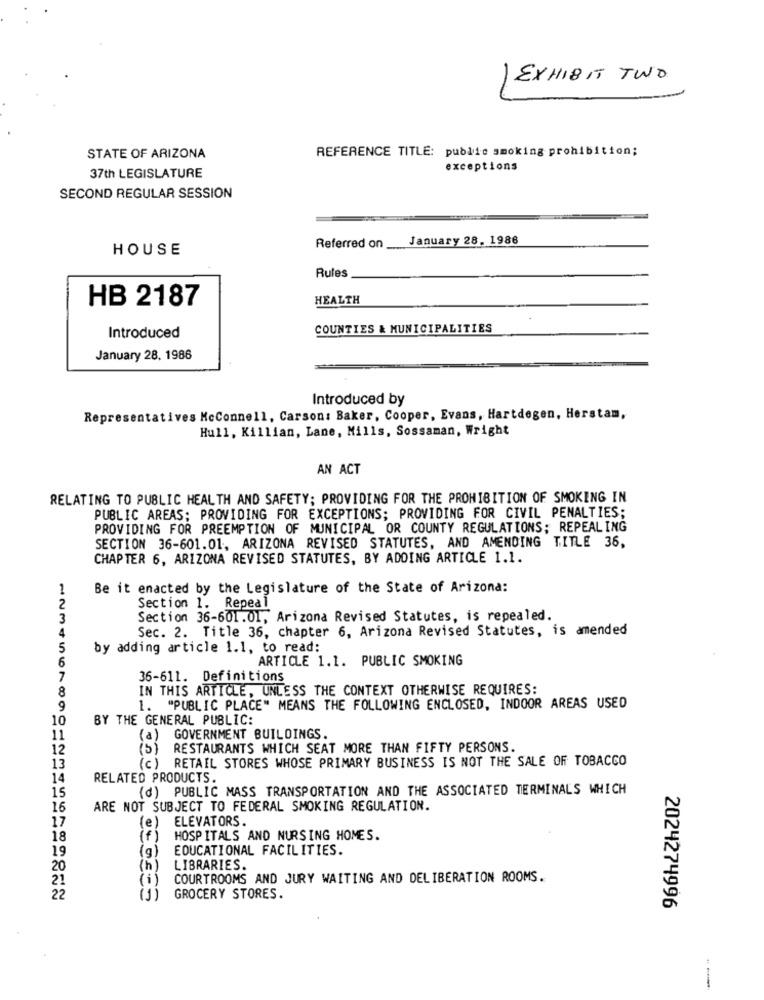
EXHIBIT TWO
REFERENCE TITLE: public smoking prohibition;
STATE OF ARIZONA
37th LEGISLATURE
exceptions
SECOND REGULAR SESSION
January 28. 1986
HOUSE
Referred on
Rules
HB 2187
HEALTH
COUNTIES & MUNICIPALITIES
Introduced
January 28, 1986
Introduced by
Representatives McConnell, Carson: Baker, Cooper, Evans, Hartdegen, Herstam,
Hull, Killian, Lane, Mills, Sossaman, Wright
AN ACT
RELATING TO PUBLIC HEALTH AND SAFETY; PROVIDING FOR THE PROHIBITION OF SMOKING IN
PUBLIC AREAS; PROVIDING FOR EXCEPTIONS; PROVIDING FOR CIVIL PENALTIES;
PROVIDING FOR PREEMPTION OF MUNICIPAL OR COUNTY REGULATIONS; REPEALING
SECTION 36-601.01, ARIZONA REVISED STATUTES, AND AMENDING TITLE 36,
CHAPTER 6, ARIZONA REVISED STATUTES, BY ADDING ARTICLE 1.1.
Be it enacted by the Legislature of the State of Arizona:
Section 1. Repeal
3
Section 36-601.01, Arizona Revised Statutes, is repealed.
Sec. 2. Title 36, chapter 6, Arizona Revised Statutes, is amended
5
by adding article 1.1, to read:
6
ARTICLE 1.1. PUBLIC SMOKING
7
36-611. Definitions
8
IN THIS ARTICLE, UNLESS THE CONTEXT OTHERWISE REQUIRES:
9
1. "PUBLIC PLACE" MEANS THE FOLLOWING ENCLOSED, INDOOR AREAS USED
10
BY THE GENERAL PUBLIC:
11
(a) GOVERNMENT BUILDINGS.
12
(5) RESTAURANTS WHICH SEAT MORE THAN FIFTY PERSONS.
(c) RETAIL STORES WHOSE PRIMARY BUSINESS IS NOT THE SALE OF TOBACCO
13
14
RELATED PRODUCTS.
(d) PUBLIC MASS TRANSPORTATION AND THE ASSOCIATED TERMINALS WHICH
15
16
ARE NOT SUBJECT TO FEDERAL SMOKING REGULATION.
(e) ELEVATORS.
17
18
(f)
HOSPITALS AND NURSING HOMES.
(g)
EDUCATIONAL FACILITIES.
19
20
LIBRARIES.
21
(i)
COURTROOMS AND JURY WAITING AND DELIBERATION ROOMS.
22
GROCERY STORES.
2024274996